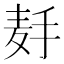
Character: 𱋉